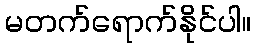
မတက်ရောက်နိုင်ပါ။